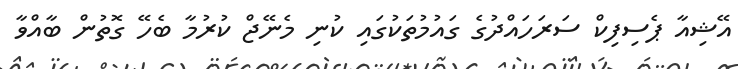
އޭޝިއާ ޕެސިފިކް ސަރަހައްދުގެ ގައުމުތަކުގައި ކުނި މެނޭޖް ކުރުމާ ބެހޭ ގޮތުން ބާއްވާ